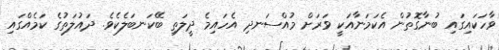
ވާހަކައިގައި ބުނާގޮތުން އެކަމަނާއަކީ ވަރަށް މުއްސަނދި އެހައިމެ ދީލަތި ބޭކަނބަލެކެވެ. ދައުލަތުގެ ކަމެއްގައި